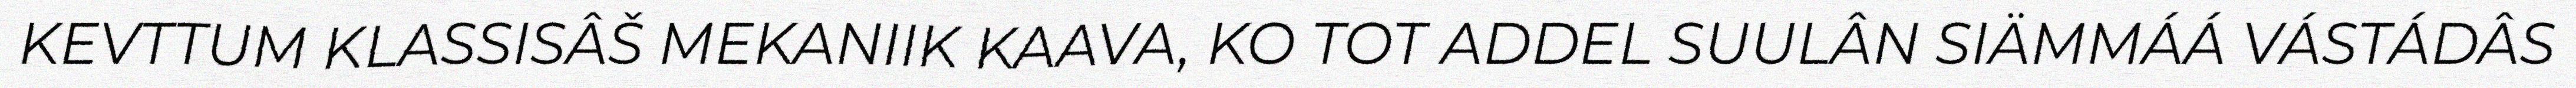
KEVTTUM KLASSISÂŠ MEKANIIK KAAVA, KO TOT ADDEL SUULÂN SIÄMMÁÁ VÁSTÁDÂS